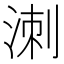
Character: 𭰩